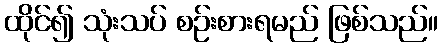
ထိုင်၍ သုံးသပ် စဉ်းစားရမည် ဖြစ်သည်။